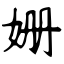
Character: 姗